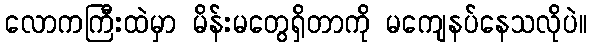
လောကကြီးထဲမှာ မိန်းမတွေရှိတာကို မကျေနပ်နေသလိုပဲ။